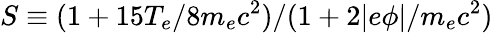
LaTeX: S\equiv(1+15T_{e}/8m_{e}c^{2})/(1+2|e\phi|/m_{e}c^{2})